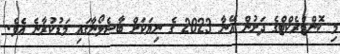
މި ކޮންޓްރެކްޓްގެ ދަށުން އޭނާ 2023 ގެ ނިޔަކަށް ބާސެލޯނާގައި މަޑުކުރާނެ އެވެ.